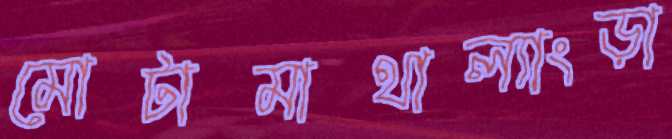
মোটামাথাল্যাংড়া